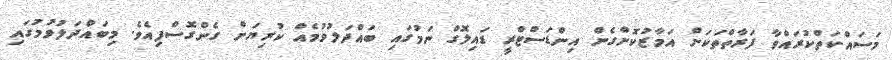
މަސައްކަތްކުރައްވާ ފަރާތްތަކަށް އަމާޒުކޮށްގެން އިންޑަސްޓްރީ ޑައިލޮގް ނަމުގައި ބައްދަލުވުމެއް ކުރިޔަށް ގެންގޮސްފިއެވެ. މިބައްދަލުވުމުގައި